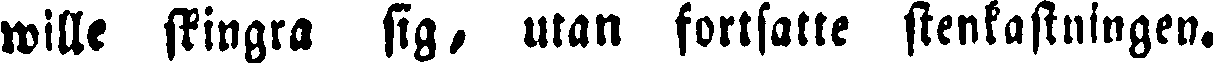
wille skingra sig, utan fortsatte stenkastningen.